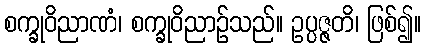
စက္ခုဝိညာဏံ၊ စက္ခုဝိညာဉ်သည်။ ဥပ္ပဇ္ဇတိ၊ ဖြစ်၍။